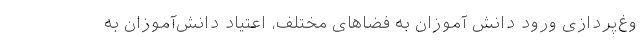
وغ‌پردازی ورود دانش آموزان به فضاهای مختلف، اعتیاد دانش‌آموزان به